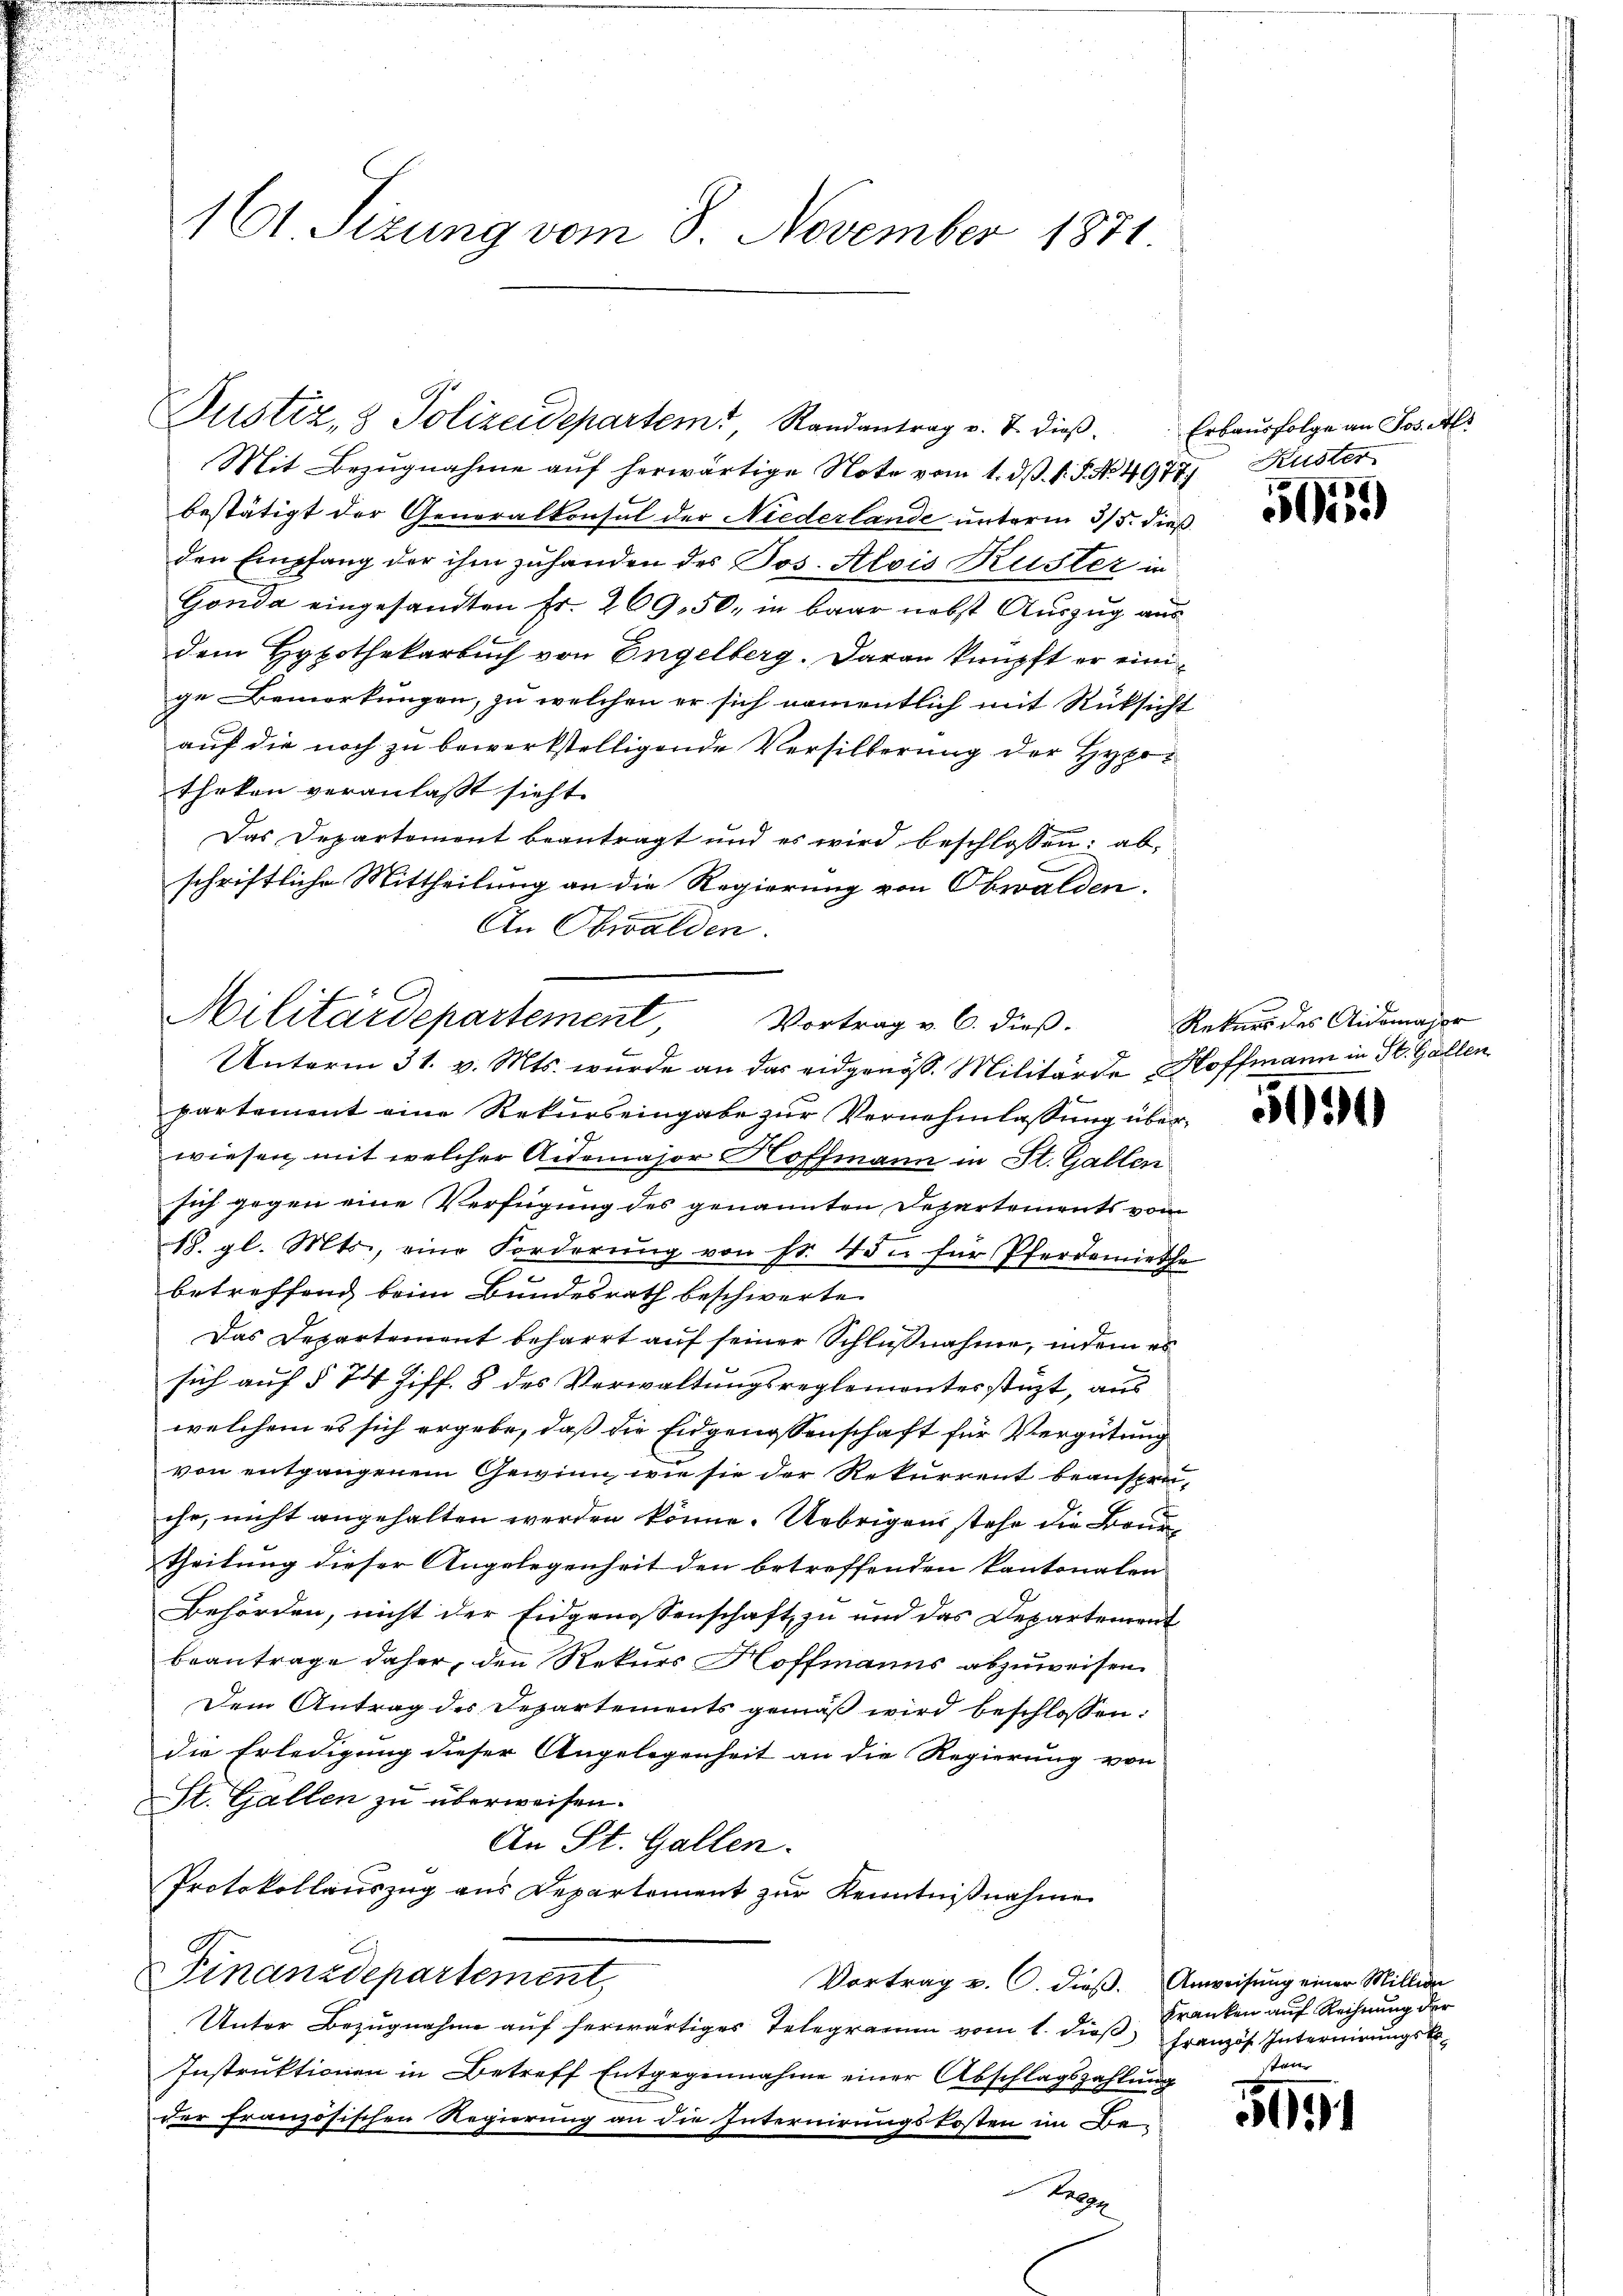
161 Sizung vom 8. November 1871

Mit Bezugnahme auf herwärtige Note vom 1. d. 15. No. 4977) Küster
bestätigt der Generalkonsul der Niederlande unterm 3/5. dieß
den Empfang der ihm zuhanden des Jos. Alois Ruster in
Gonda eingesandten Fr. 269,50, in baar nebst Auszug aus
dem Hypothekarbuch von Engelberg. Daran knüpft er einige Bemerkungen, zu welchen er sich namentlich mit Rücksicht
auf die noch zu bewerkstelligende Versilberung der Hypotheken veranlaßt sieht.
Das Departement beantragt und es wird beschlossen; ab-
schriftliche Mittheilung an die Regierung von Obwalden.
An Obwalden.

Justiz & Polizeidepartem Randantrag v. J. dieß. Erbausfolge an Jos. Al

Militärdepartement, Vortrag v. 6. dieß.
Unterm 31. v. Mts. wurde an das eidgenöss. Militärde Hoffmann in St. Gallen

partement eine Rekurs eingabe zur Vernehmlassung überwiesen, mit welcher Aidemajor Hoffmann in St. Gallen
sich gegen eine Verfügung des genannten Departements vom
18. gl. Mts., eine Forderŭng von fr. 4 in für Pferdemiethe
betreffend beim Bundesrath beschwerte.
Das Departement beharrt aŭf seiner Schlŭβnahme, indem es
sich auf § 74 Ziff. 8 des Verwaltungsreglementerstüzt, aus
welchem es sich ergebe, daß die Eidgenossenschaft für Vergütung
von entgangenem Gewinn, wie sie der Rekurrent beansprache, nicht angehalten werden könne. Uebrigen stehe die Bruntheilung dieser Angelegenheit den betreffenden kantonalen
Behörden, nicht der Eidgenossenschaft zu und das Departement
beantrage daher, den Rekurs Hoffmanns abzuweisen.
Dem Antrag des Departements gemäß wird beschlossen:
die Erledigung dieser Angelegenheit an die Regierung von
St. Gallen zu überweisen.
An St. Gallen.
Protokollauszug aus Departement zur Kenntnißnahme
Finanzdepartement,
Vortrag v. C. dieß. Anweisung einer Millige
Unter Bezugnahme auf herwärtiges Telegramm vom 1. dieβ Französ. Internirungsk
Instruktionen in Betreff Entgegennahme einer Abschlagszahlung
B
der französischen Regierung an die Internirungskosten im Be¬
Ae

505

Rekurs des Aidemaher

5050

Kranken auf Rechnung der
u

2